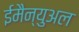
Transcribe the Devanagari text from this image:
ईमैन्युअल